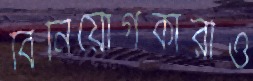
বিনিয়োগকারীও